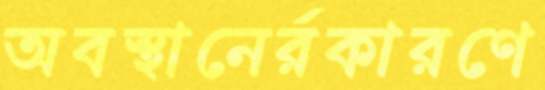
অবস্থানের্রকারণে